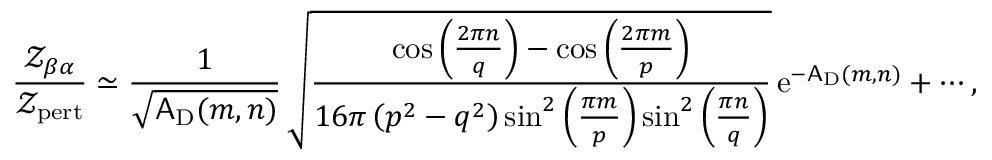
\frac { { \mathscr Z } _ { \beta \alpha } } { { \mathscr Z } _ { \mathrm { p e r t } } } \simeq \frac { 1 } { \sqrt { \mathsf { A } _ { \mathrm { D } } ( m , n ) } } \, \sqrt { \frac { \cos \left( \frac { 2 \pi n } { q } \right) - \cos \left( \frac { 2 \pi m } { p } \right) } { 1 6 \pi \left( p ^ { 2 } - q ^ { 2 } \right) \sin ^ { 2 } \left( \frac { \pi m } { p } \right) \sin ^ { 2 } \left( \frac { \pi n } { q } \right) } } \, { \mathrm { e } } ^ { - \mathsf { A } _ { \mathrm { D } } ( m , n ) } + \cdots ,